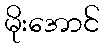
မိုးအောင်